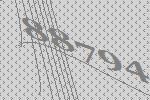
88794